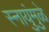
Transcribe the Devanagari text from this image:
स्नायुंमुळे